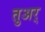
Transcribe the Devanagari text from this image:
तुअर्